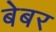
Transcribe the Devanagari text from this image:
बेबर